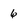
Character: 6